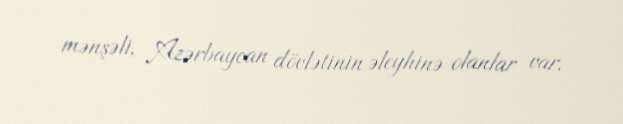
mənşəli, Azərbaycan dövlətinin əleyhinə olanlar var.